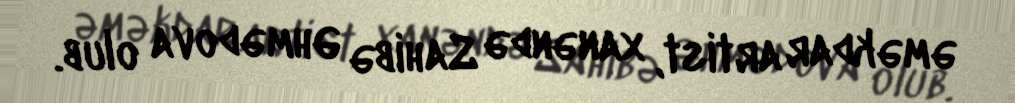
əməkdar artist, xanəndə Sahibə Əhmədova olub.